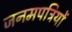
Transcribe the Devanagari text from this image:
जनमपत्रियों